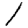
Digit: 1